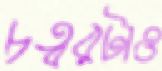
চত্বরটাও